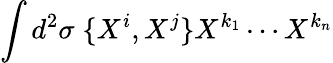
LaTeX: \int d^{2}\sigma\; \{ X^{i},X^{j}\} X^{k_{1}}\cdots X^{k_{n}}